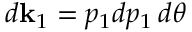
d { \bf k } _ { 1 } = p _ { 1 } d p _ { 1 } \, d \theta